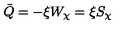
\bar { Q } = - \xi W _ { \chi } = \xi S _ { \chi }